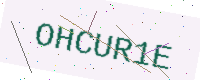
Text: OHCUR1E